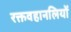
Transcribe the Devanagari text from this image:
रक्तवहानलियों